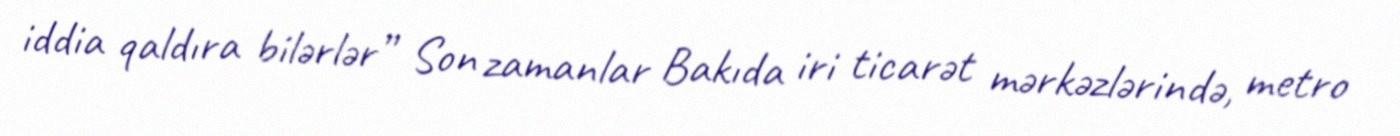
iddia qaldıra bilərlər” Son zamanlar Bakıda iri ticarət mərkəzlərində, metro